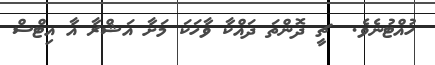
ހުއްޓުނެވެ.  ޗީ ދޮންތަ ދައްކާ ވާހަކަ މަށާ އަޝްރާ އާ އިޓްސް